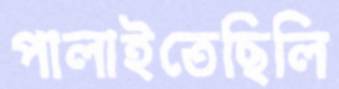
পালাইতেছিলি